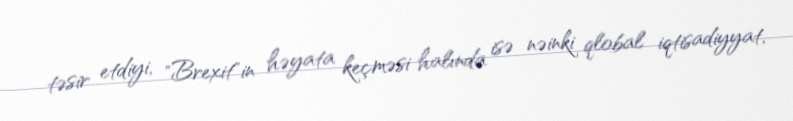
təsir etdiyi, "Brexit"in həyata keçməsi halında isə nəinki qlobal iqtisadiyyat,